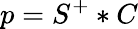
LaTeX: p={{S}^{+}}*C